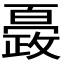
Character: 𭤍